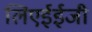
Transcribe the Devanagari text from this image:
लिएईईजी